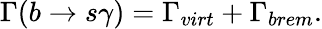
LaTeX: \Gamma(b\to s\gamma)=\Gamma_{virt}+\Gamma_{brem}.